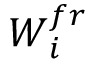
\boldsymbol { W } _ { i } ^ { f r }